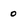
Character: 0